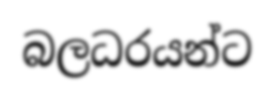
බලධරයන්ට